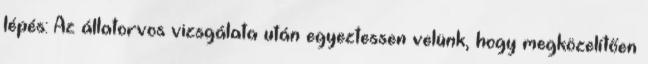
lépés: Az állatorvos vizsgálata után egyeztessen velünk, hogy megközelítően